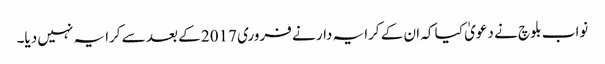
نواب بلوچ نے دعویٰ کیا کہ ان کے کرایہ دار نے فروری 2017 کے بعد سے کرایہ نہیں دیا۔